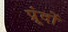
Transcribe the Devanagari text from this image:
प्रूंदों